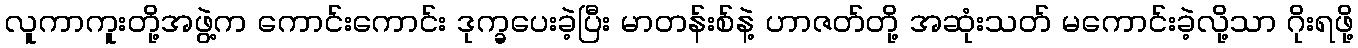
လူကာကူးတို့အဖွဲ့က ကောင်းကောင်း ဒုက္ခပေးခဲ့ပြီး မာတန်းစ်နဲ့ ဟာဇတ်တို့ အဆုံးသတ် မကောင်းခဲ့လို့သာ ဂိုးရဖို့